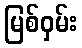
မြစ်ဝှမ်း